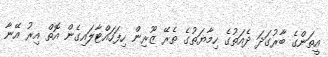
އީތަންގެ ބާރުގަދަ ދެއަތުގެ ހިމާޔަތުގެ ތެރޭ ޒޫރިން ހިފަހައްޓާލައިގެން އޮތް އިރު އޭނާ